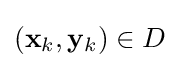
(\mathbf {x} _{k},\mathbf {y} _{k})\in D